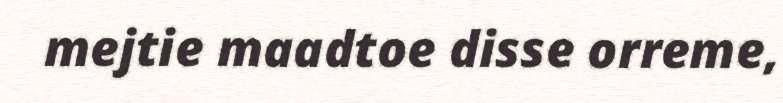
mejtie maadtoe disse orreme,